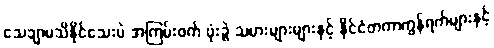
သေချာမသိနိုင်သေးပဲ အကြမ်းဖက် ဗုံးခွဲ သမားများများနှင့် နိုင်ငံတကာကွန်ရက်များနှင့်